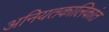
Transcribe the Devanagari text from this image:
अनियतकालिकांत